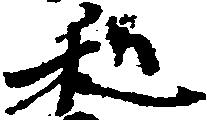
和